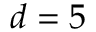
d = 5